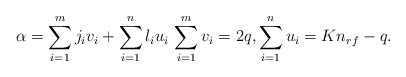
\begin{align*}\alpha=\sum_{i=1}^{m} j_iv_i +\sum_{i=1}^{n} l_iu_i \,\sum_{i=1}^{m} v_i =2q, \sum_{i=1}^{n} u_i =Kn_{rf}-q.\end{align*}